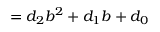
= d _ { 2 } b ^ { 2 } + d _ { 1 } b + d _ { 0 }